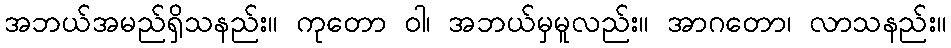
အဘယ်အမည်ရှိသနည်း။ ကုတော ဝါ၊ အဘယ်မှမူလည်း။ အာဂတော၊ လာသနည်း။